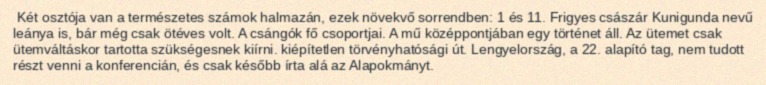
Két osztója van a természetes számok halmazán, ezek növekvő sorrendben: 1 és 11. Frigyes császár Kunigunda nevű leánya is, bár még csak ötéves volt. A csángók fő csoportjai. A mű középpontjában egy történet áll. Az ütemet csak ütemváltáskor tartotta szükségesnek kiírni. kiépítetlen törvényhatósági út. Lengyelország, a 22. alapító tag, nem tudott részt venni a konferencián, és csak később írta alá az Alapokmányt.